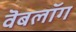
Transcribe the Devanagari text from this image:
वॆबलॉग